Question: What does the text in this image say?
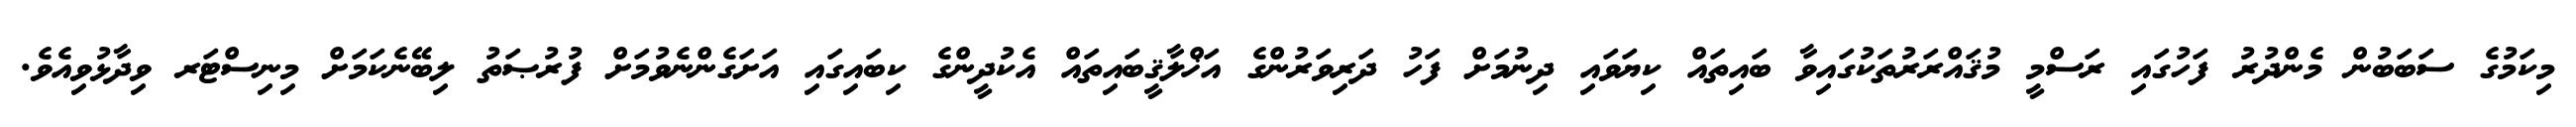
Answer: މިކަމުގެ ސަބަބުން މެންދުރު ފަހުގައި ރަސްމީ މުޤައްރަރުތަކުގައިވާ ބައިތައް ކިޔަވައި ދިނުމަށް ފަހު ދަރިވަރުންގެ އަޚްލާޤީބައިތައް އެކުދީންގެ ކިބައިގައި އަށަގެންނެވުމަށް ފުރުޞަތު ލިބޭނެކަމަށް މިނިސްޓަރ ވިދާޅުވިއެވެ.